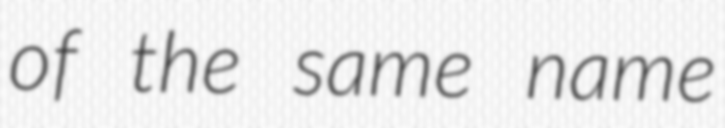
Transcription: of the same name